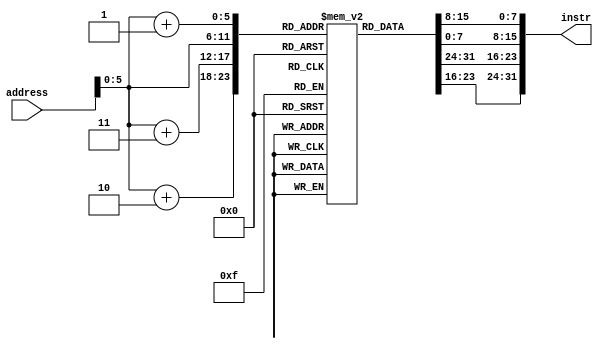
`timescale 1ns / 1ps
//////////////////////////////////////////////////////////////////////////////////
// Company: 
// Engineer: 
// 
// Design Name: 
// Module Name: InstMemory
// Project Name: 
// Target Devices: 
// Tool Versions: 
// Description: 
// 
// Dependencies: 
// 
// Revision:
// Revision 0.01 - File Created
// Additional Comments:
// 
//////////////////////////////////////////////////////////////////////////////////


module InstrMemory(
    input [31:0] address,
    output [31:0] instr
    );
    
    reg [7:0] instrFile[0:63];
    
    assign instr = {instrFile[address+3], instrFile[address+2], 
        instrFile[address+1], instrFile[address]};
    
endmodule